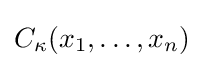
C_{\kappa }(x_{1},\ldots ,x_{n})